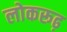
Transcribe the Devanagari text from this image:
लोकरूढ़